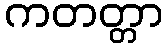
ကတတ္တာ